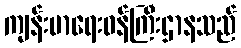
ကျန်းမာရေးဝန်ကြီးဌာနသည်